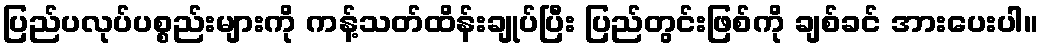
ပြည်ပလုပ်ပစ္စည်းများကို ကန့်သတ်ထိန်းချုပ်ပြီး ပြည်တွင်းဖြစ်ကို ချစ်ခင် အားပေးပါ။